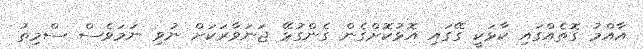
އާއްމު ގޮތެއްގައި ކާޅަކީ ގޭގައި އޮޅުކޮށްގެން ގެންގުޅޭ ޖަނަވާރަކަށް ނުވި ނަމަވެސް ސްމިތު